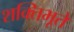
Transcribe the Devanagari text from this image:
शक्तिभूते